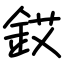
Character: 銰